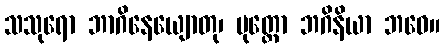
သသုရော ဘာဂိနေယျောတု၊ ပုတ္တော ဘဂိနိယာ ဘဝေ။